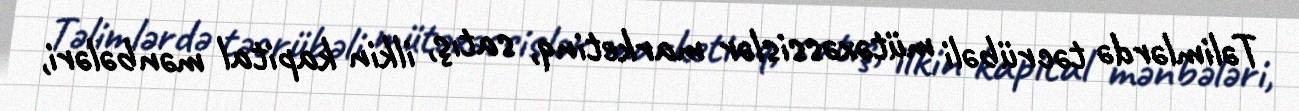
Təlimlərdə təcrübəli mütəxəssislər marketinq, satış, ilkin kapital mənbələri,